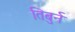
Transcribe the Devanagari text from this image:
तिबुर्न